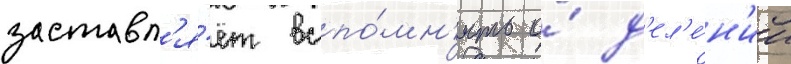
заставл'я́ет вспо́мн'ить о́ д'ел'е́н'ии